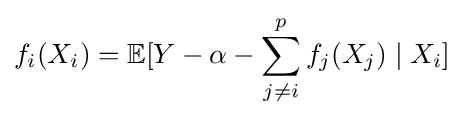
f_{i}(X_{i})=\mathbb {E} [Y-\alpha -\sum _{j\neq i}^{p}f_{j}(X_{j})\mid X_{i}]